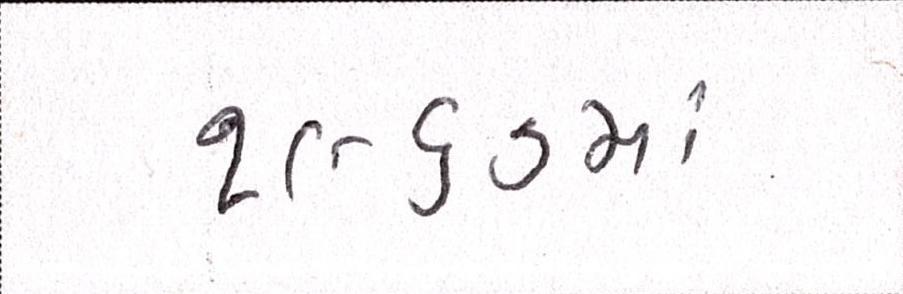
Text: ૧૯૬૭માં